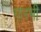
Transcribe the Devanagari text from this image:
गारभी